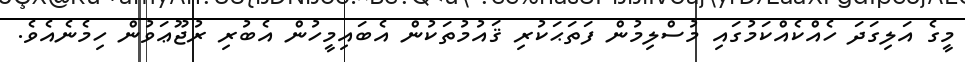
މީގެ އަލިގަދަ ހެއްކެއްކަމުގައި މުސްލިމުން ފަތަޙަކުރި ޤައުމުތަކުން އެބައިމީހުން އެބުރި ރުޖޫޢަވުން ހިމެނެއެވެ.